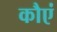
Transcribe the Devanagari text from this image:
कौएं